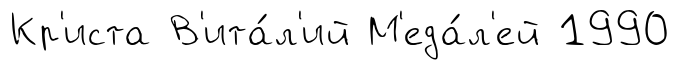
Кр'иста В'ита́л'ий М'еда́л'ей 1990